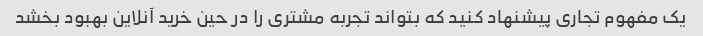
یک مفهوم تجاری پیشنهاد کنید که بتواند تجربه مشتری را در حین خرید آنلاین بهبود بخشد